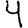
Digit: 4